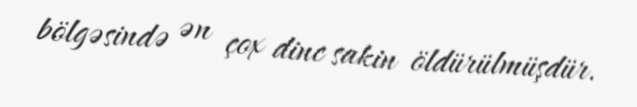
bölgəsində ən çox dinc sakin öldürülmüşdür.